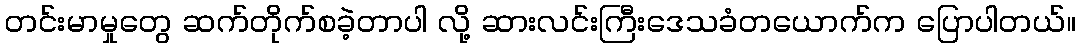
တင်းမာမှုတွေ ဆက်တိုက်စခဲ့တာပါ လို့ ဆားလင်းကြီးဒေသခံတယောက်က ပြောပါတယ်။